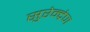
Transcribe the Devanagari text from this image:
सुरेन्द्रेण